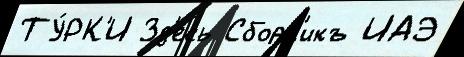
ТУ́РК'И Зд'есь Сборн'икъ ИАЭ